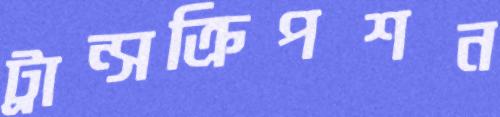
ট্রান্সক্রিপশন